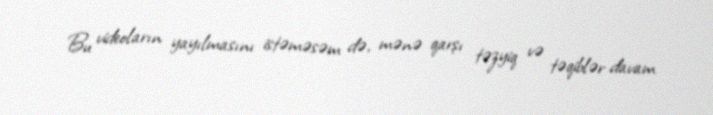
Bu videoların yayılmasını istəməsəm də, mənə qarşı təzyiq və təqiblər davam